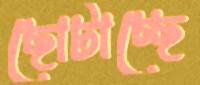
ছোটাচ্ছে